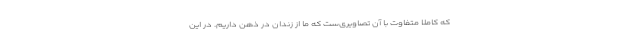
که کاملا متفاوت با آن تصاویری‌ست که ما از زندان در ذهن داریم. در این